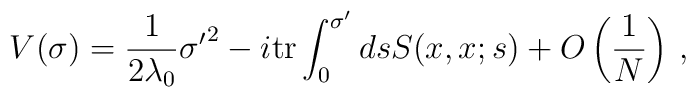
V(\sigma ) = \frac{1}{2\lambda_0}{\sigma'}^{2}                  -i\mbox{tr} \int_{0}^{\sigma'}ds S(x,x;s)                  +O\left(\frac{1}{N}\right)\, ,